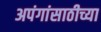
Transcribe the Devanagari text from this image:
अपंगांसाठीच्या